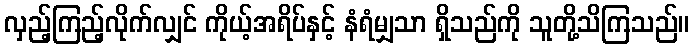
လှည့်ကြည့်လိုက်လျှင် ကိုယ့်အရိပ်နှင့် နံရံမျှသာ ရှိသည်ကို သူတို့သိကြသည်။